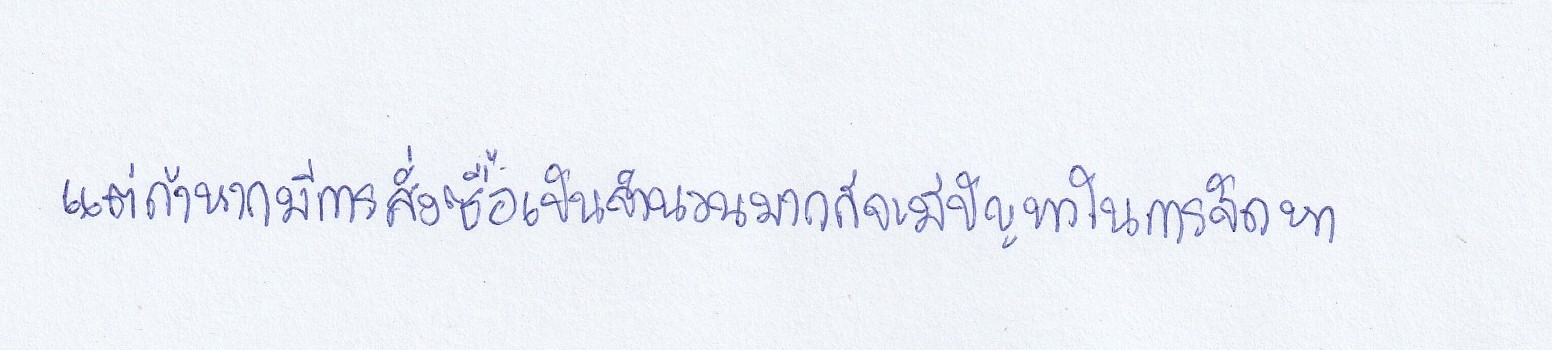
แต่ถ้าหากมีการสั่งซื้อเป็นจำนวนมากก็จะมีปัญหาในการจัดหา